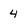
Character: 4